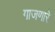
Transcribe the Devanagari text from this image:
गाजणारे